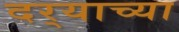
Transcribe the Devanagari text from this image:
दर्‍याच्या